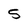
Character: 5